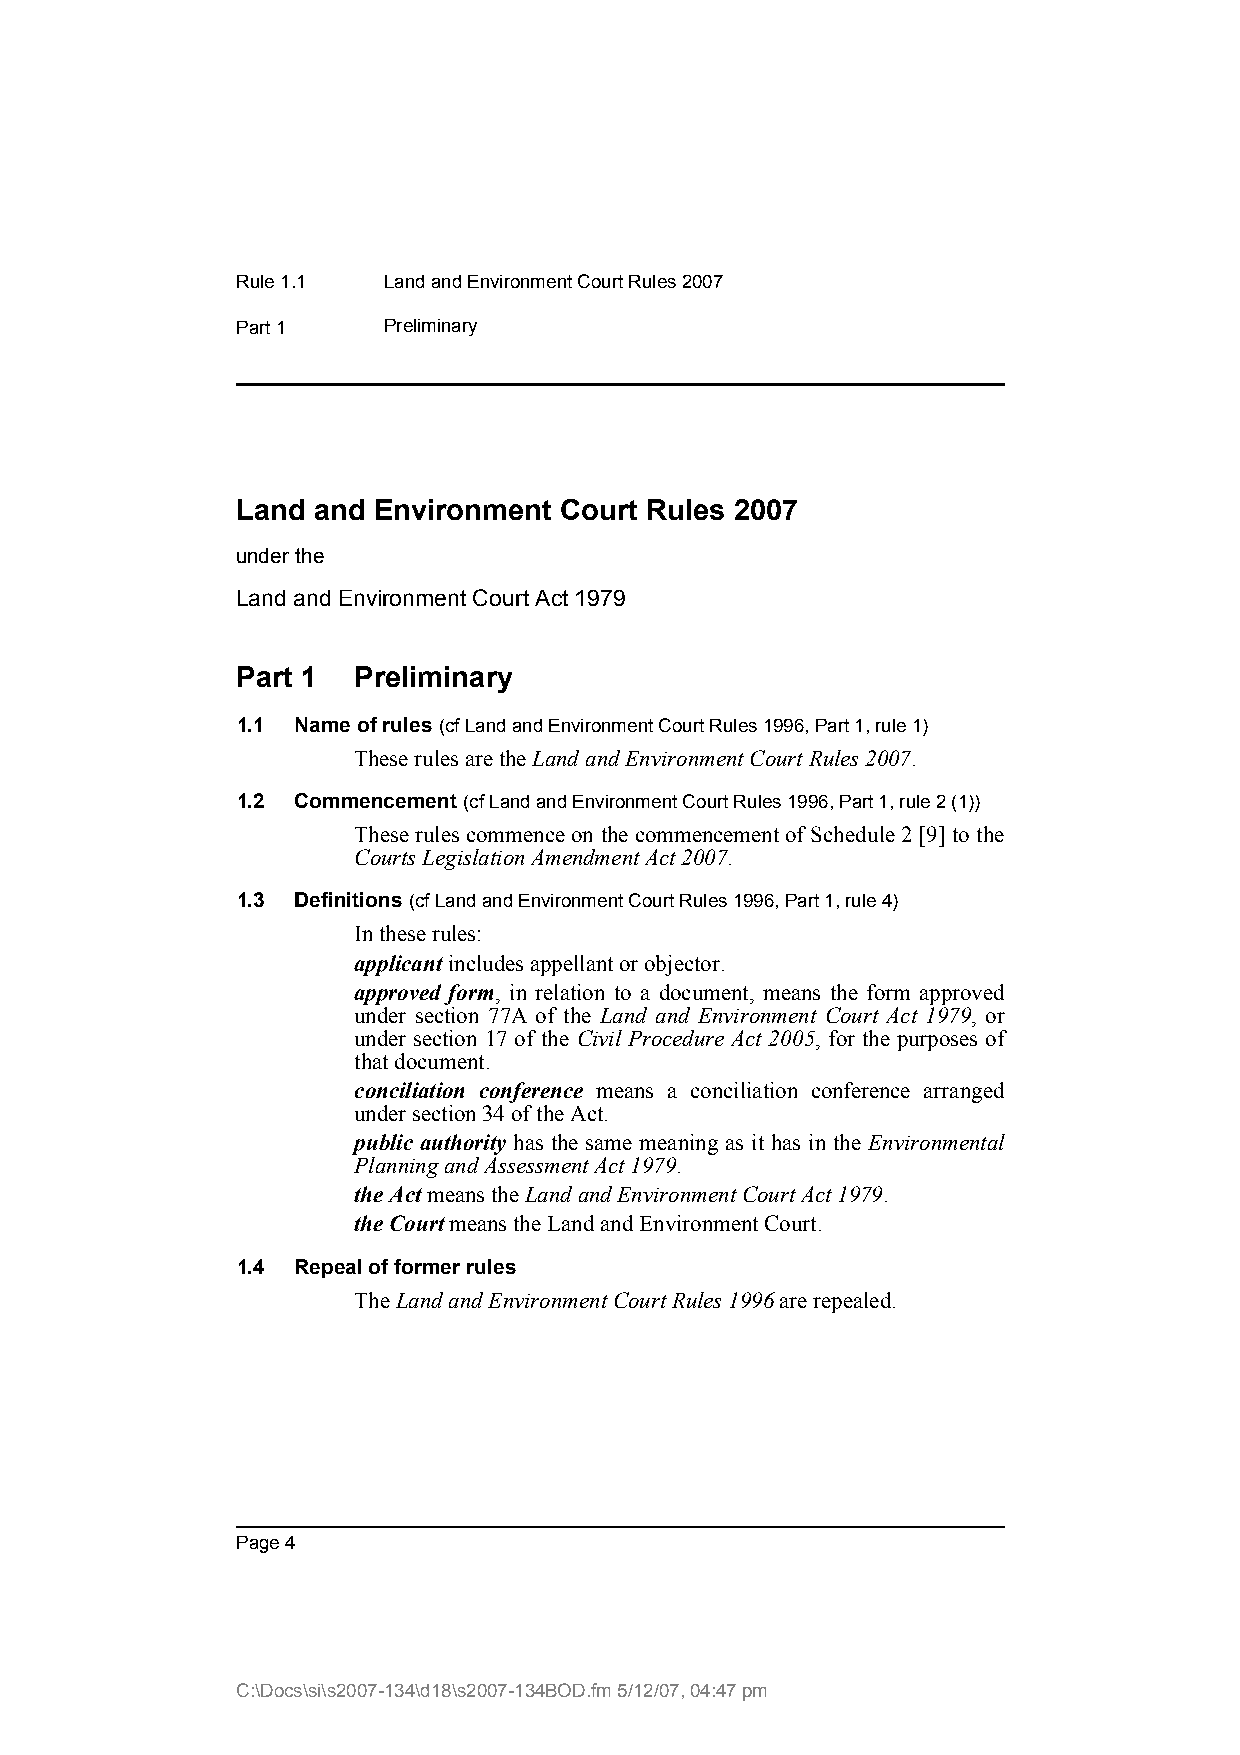
Rule 1.1 Land and Environment Court Rules 2007
 Part 1   Preliminary
 Land and Environment Court Rules 2007
 under the
 Land and Environment Court Act 1979
 Part 1 Preliminary
 1.1 Name of rules (cf Land and Environment Court Rules 1996, Part 1, rule 1)
 These rules are the Land and Environment Court Rules 2007.
 1.2 Commencement (cf Land and Environment Court Rules 1996, Part 1, rule 2 (1))
 These rules commence on the commencement of Schedule 2 [9] to the
 Courts Legislation Amendment Act 2007.
 1.3 Definitions (cf Land and Environment Court Rules 1996, Part 1, rule 4)
 In these rules:
 applicant includes appellant or objector.
 approved form, in relation to a document, means the form approved
 under section 77A of the Land and Environment Court Act 1979, or
 under section 17 of the Civil Procedure Act 2005, for the purposes of
 that document.
 conciliation conference means a conciliation conference arranged
 under section 34 of the Act.
 public authority has the same meaning as it has in the Environmental
 Planning and Assessment Act 1979.
 the Act means the Land and Environment Court Act 1979.
 the Court means the Land and Environment Court.
 1.4 Repeal of former rules
 The Land and Environment Court Rules 1996 are repealed.
 Page 4
 C:\Docs\si\s2007-134\d18\s2007-134BOD.fm 5/12/07, 04:47 pm